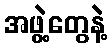
အဖွဲ့တွေနဲ့